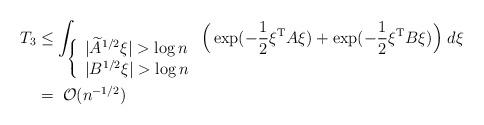
LaTeX: \begin{align*}T_3&\leq\int_{\left\{\begin{array}{l}{|\widetilde A^{1/2}\xi|> \log n}\\{|B^{1/2}\xi|> \log n}\end{array}\right.}\Big(\exp(-\frac{1}{2}\xi^{\rm T}A\xi)+\exp(-\frac{1}{2}\xi^{\rm T}B\xi)\Big)\; d\xi\\ & =\;\mathcal{O}(n^{-1/2})\end{align*}